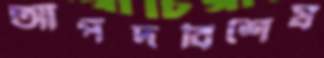
আপদবিশেষ